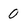
Character: 0